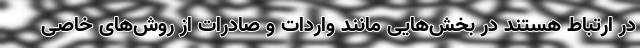
در ارتباط هستند در بخش‌هایی مانند واردات و صادرات از روش‌های خاصی